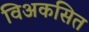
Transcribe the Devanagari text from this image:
विअकसित